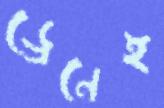
ড্রেনেই